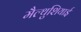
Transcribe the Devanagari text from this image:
मैल्थुशियाई